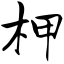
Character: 柙